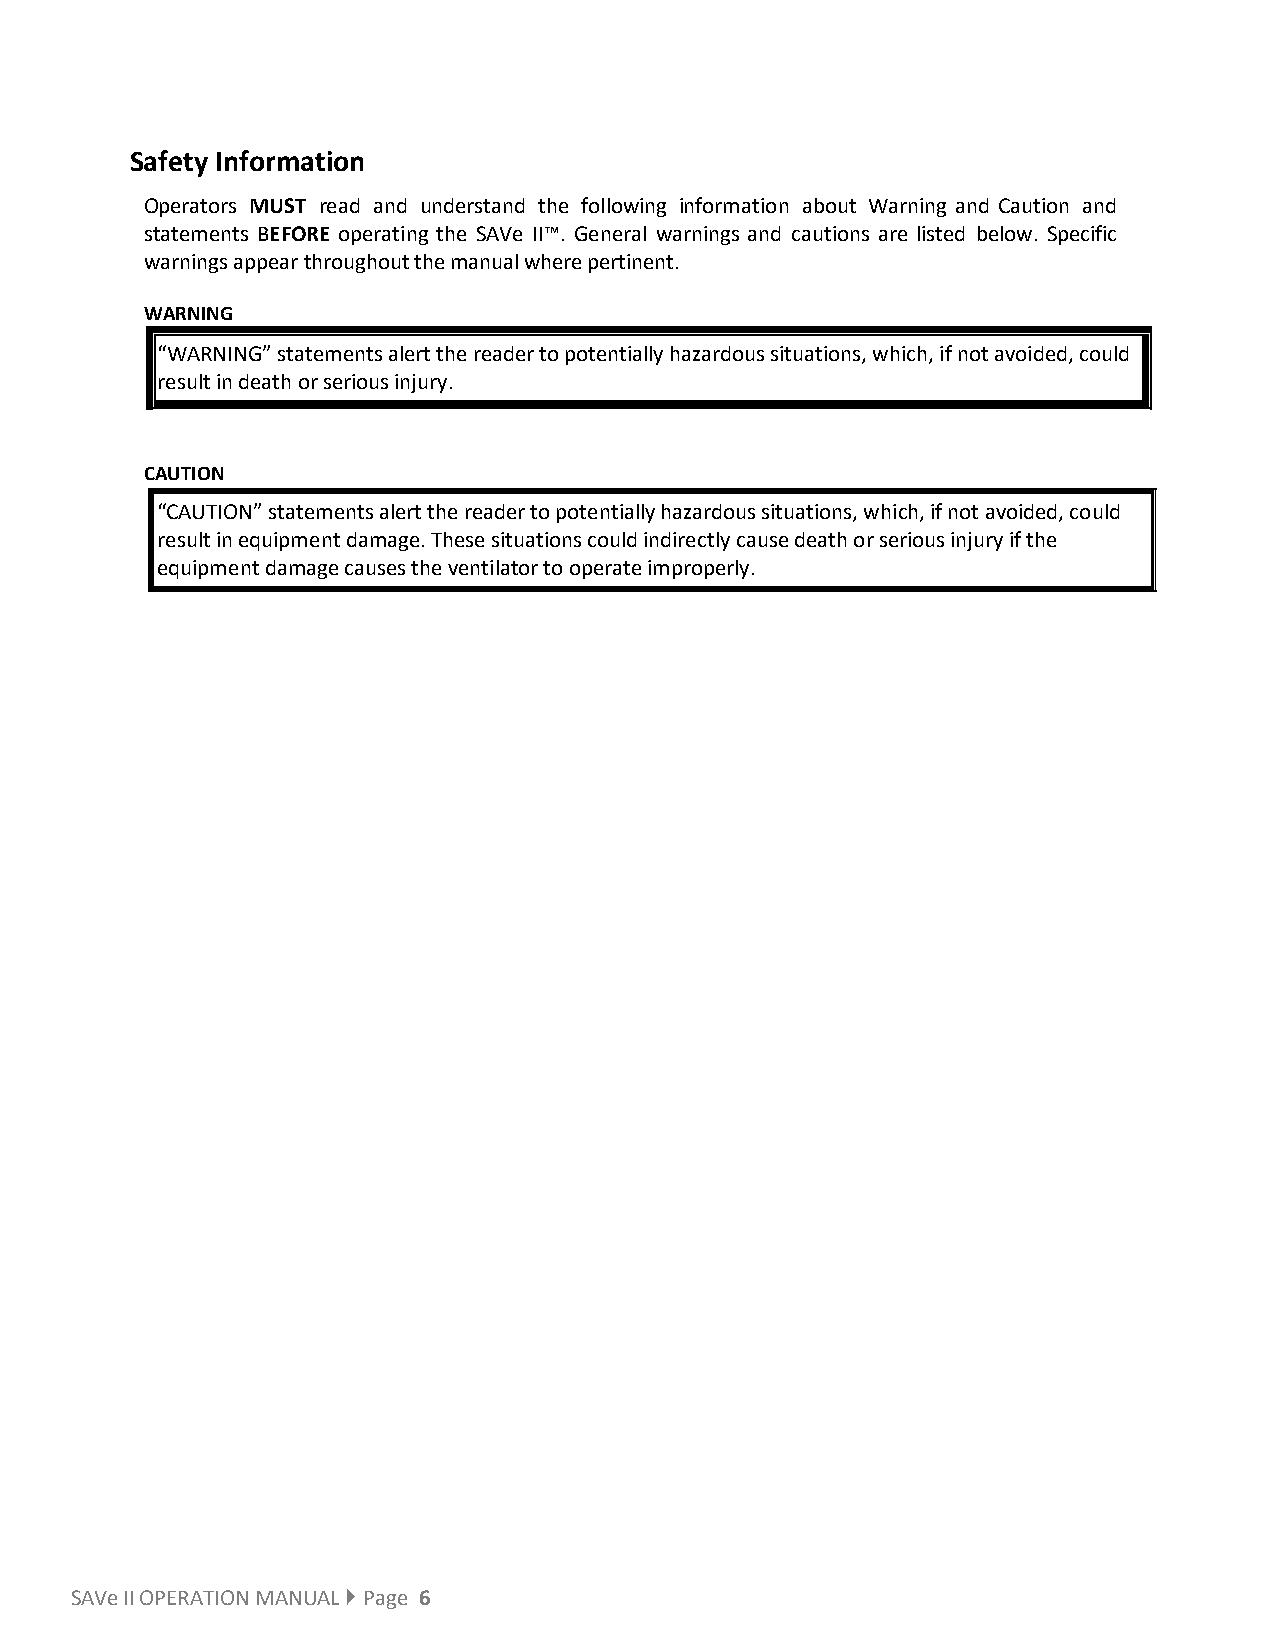
Safety Information
 Operators MUST read and understand the following information about Warning and Caution and
 statements BEFORE operating the SAVe II™. General warnings and cautions are listed below. Specific
 warnings appear throughout the manual where pertinent.
 WARNING
 “WARNING” statements alert the reader to potentially hazardous situations, which, if not avoided, could
 result in death or serious injury.
 CAUTION
 “CAUTION” statements alert the reader to potentially hazardous situations, which, if not avoided, could
 result in equipment damage. These situations could indirectly cause death or serious injury if the
 equipment damage causes the ventilator to operate improperly.
 SAVe II OPERATION MANUAL  Page 6